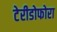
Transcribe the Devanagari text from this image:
टेरीडोफोरा